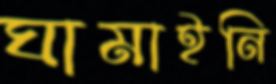
ঘামাইনি